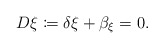
\begin{align*} D\xi\coloneqq \delta\xi + \beta_\xi = 0.\end{align*}